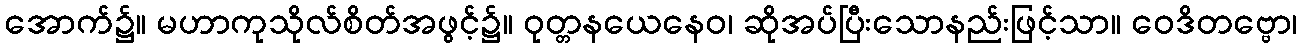
အောက်၌။ မဟာကုသိုလ်စိတ်အဖွင့်၌။ ဝုတ္တနယေနေဝ၊ ဆိုအပ်ပြီးသောနည်းဖြင့်သာ။ ဝေဒိတဗ္ဗော၊